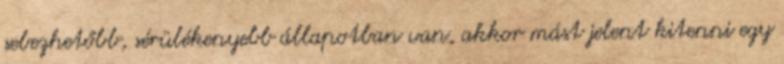
sebezhetőbb, sérülékenyebb állapotban van, akkor mást jelent kitenni egy